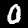
Digit: 0